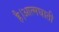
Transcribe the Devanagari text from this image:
है।आत्मघाती